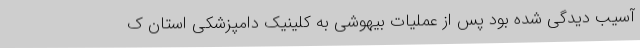
آسیب دیدگی شده بود پس از عملیات بیهوشی به کلینیک دامپزشکی استان ک